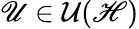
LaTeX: \mathscr{U}\in{\cal U}(\mathscr{H})